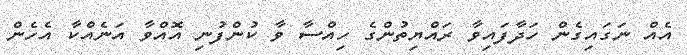
އެއް ނަގައިގެން ހަދާފައިވާ ރައްޔިތުންގެ ހިއްސާ ވާ ކުންފުނި އޮއްވާ އަނެއްކާ އެހެން